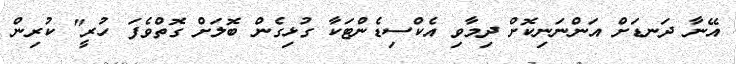
އޭނާ ދަނޑަށް އަންނަނިކޮށް ދިމާވި އެކްސިޑެންޓަކާ ގުޅިގެން ބޮލަށް ގޮތްވެފަ ހުރީ" ކުރިން